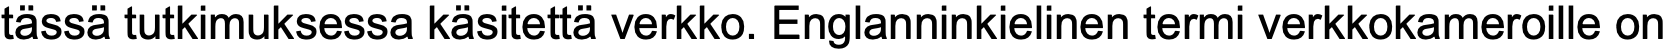
tässä tutkimuksessa käsitettä verkko. Englanninkielinen termi verkkokameroille on